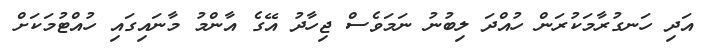
އަދި ހަނގުރާމަކުރަން ހުއްދަ ލިބުނު ނަމަވެސް ޖިހާދު އޭގެ އާންމު މާނައިގައި ހުއްޓުމަކަށް